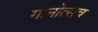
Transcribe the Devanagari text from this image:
गानोत्सव